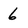
Character: 6